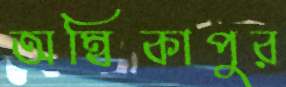
অম্বিকাপুর